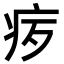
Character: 𪽨